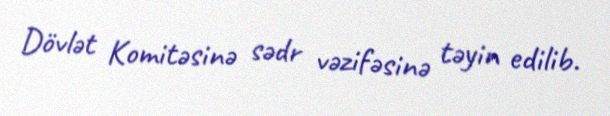
Dövlət Komitəsinə sədr vəzifəsinə təyin edilib.